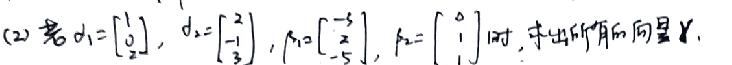
(2) 若$\alpha_1 = \begin{bmatrix} 1 \\ 0 \\ 2 \end{bmatrix}$，$\alpha_2 = \begin{bmatrix} 2 \\ -1 \\ 3 \end{bmatrix}$，$\beta_1 = \begin{bmatrix} -3 \\ 2 \\ 5 \end{bmatrix}$，$\beta_2 = \begin{bmatrix} 0 \\ 1 \\ 1 \end{bmatrix}$时，求出所有的向量$\gamma$。